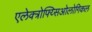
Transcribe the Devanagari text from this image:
एलेक्त्रोफ्य्सिओलोगिकल